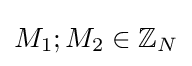
M_{1};M_{2}\in \mathbb {Z} _{N}